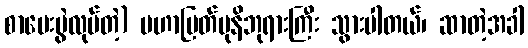
စာမေးပွဲလုပ်တဲ့) မဟာမြတ်မုနိဘုရားကြီး သွားပါတယ်၊ ဆာတဲ့အခါ